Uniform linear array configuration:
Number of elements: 48
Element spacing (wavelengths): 1
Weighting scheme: kaiser
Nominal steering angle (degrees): -60
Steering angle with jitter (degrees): -58.745
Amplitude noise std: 0.05
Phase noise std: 0.05

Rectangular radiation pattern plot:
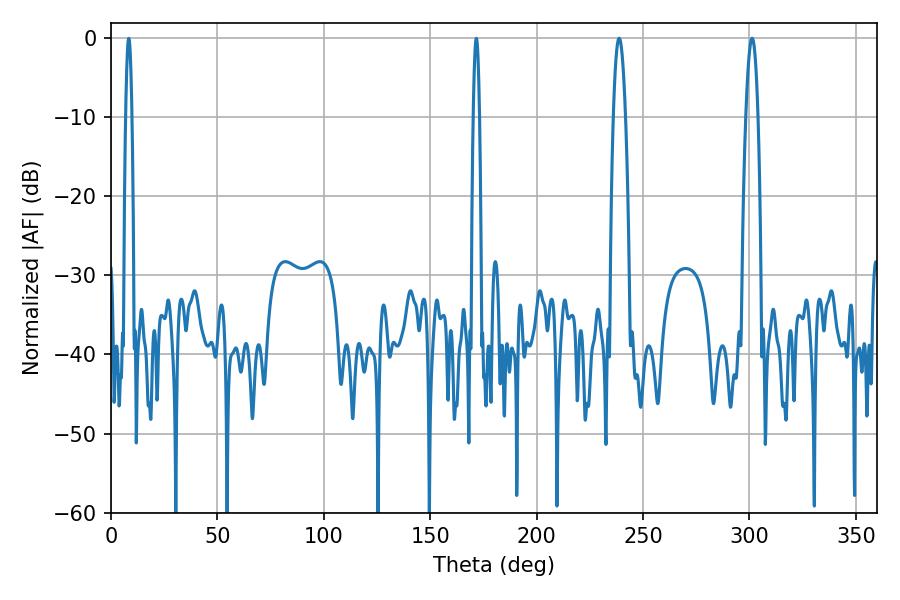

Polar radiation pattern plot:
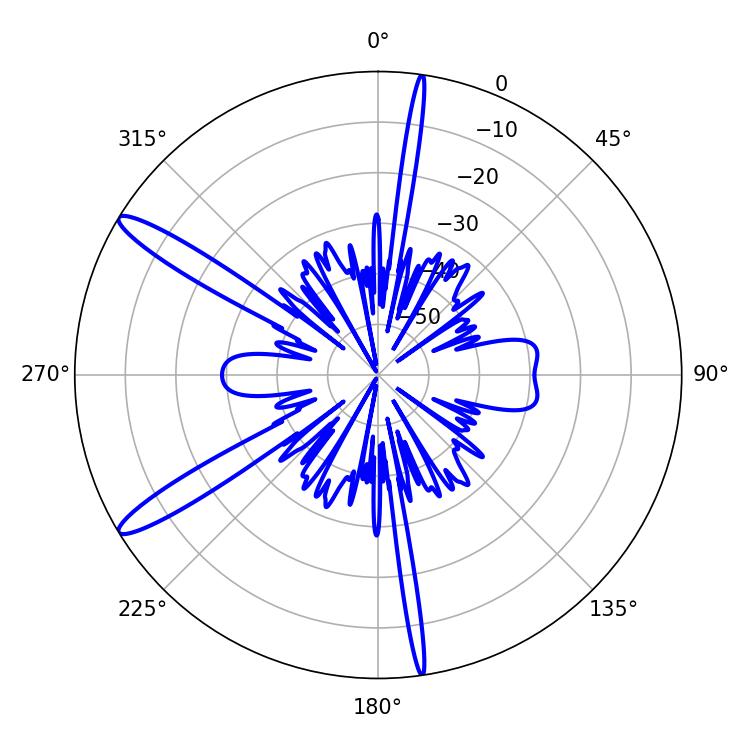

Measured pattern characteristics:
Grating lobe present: TRUE
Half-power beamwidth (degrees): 3.06
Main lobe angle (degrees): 238.68